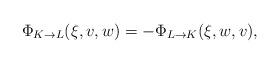
LaTeX: \begin{align*}\Phi_{K\to L}(\xi,v,w)=-\Phi_{L\to K}(\xi,w,v),\end{align*}